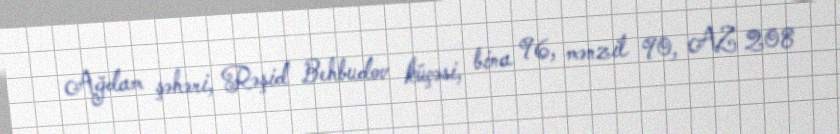
Ağdam şəhəri, Rəşid Behbudov küçəsi, bina 96, mənzil 90, AZ 208